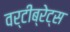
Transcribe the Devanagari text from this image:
वर्टीब्रेट्स